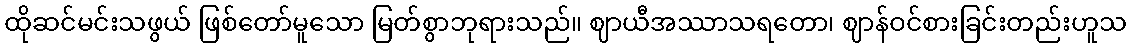
ထိုဆင်မင်းသဖွယ် ဖြစ်တော်မူသော မြတ်စွာဘုရားသည်။ ဈာယီအဿာသရတော၊ ဈာန်ဝင်စားခြင်းတည်းဟူသ